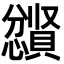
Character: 𪬼